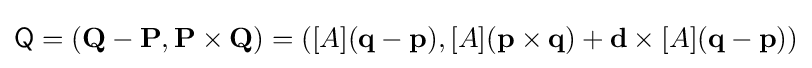
{\mathsf {Q}}=(\mathbf {Q} -\mathbf {P} ,\mathbf {P} \times \mathbf {Q} )=([A](\mathbf {q} -\mathbf {p} ),[A](\mathbf {p} \times \mathbf {q} )+\mathbf {d} \times [A](\mathbf {q} -\mathbf {p} ))